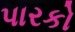
પારકો